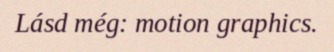
Lásd még: motion graphics.